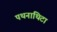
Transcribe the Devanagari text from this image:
पथनाथिटा